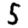
Digit: 5